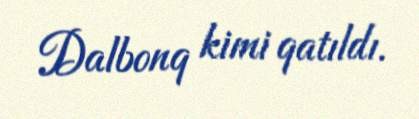
Dalbonq kimi qatıldı.